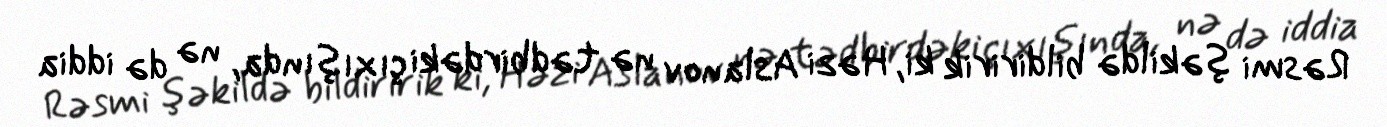
Rəsmi şəkildə bildiririk ki, Həzi Aslanov nə tədbirdəki çıxışında, nə də iddia